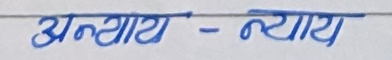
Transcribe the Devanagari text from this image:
अन्याय - न्याय